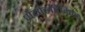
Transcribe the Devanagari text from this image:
थेयोलॉजिका